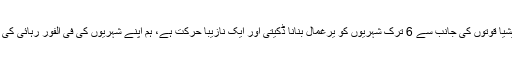
اعلامیہ میں کہا گیا ہے کہ "لیبیا میں حفتر سے منسلک غیر قانونی ملیشیا قوتوں کی جانب سے 6 ترک شہریوں کو یرغمال بنانا ڈکیتی اور ایک نازیبا حرکت ہے، ہم اپنے شہریوں کی فی الفور رہائی کی توقع رکھتے ہیں، وگرنہ حفتر عناصر ہمارے جائز ہدف بن جائینگے۔